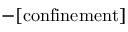
\mathrm { - [ c o n f i n e m e n t ] }